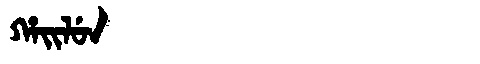
Manchu: ᡥᠠᡳᠯᡠᠨ
Romanization: HAILUN